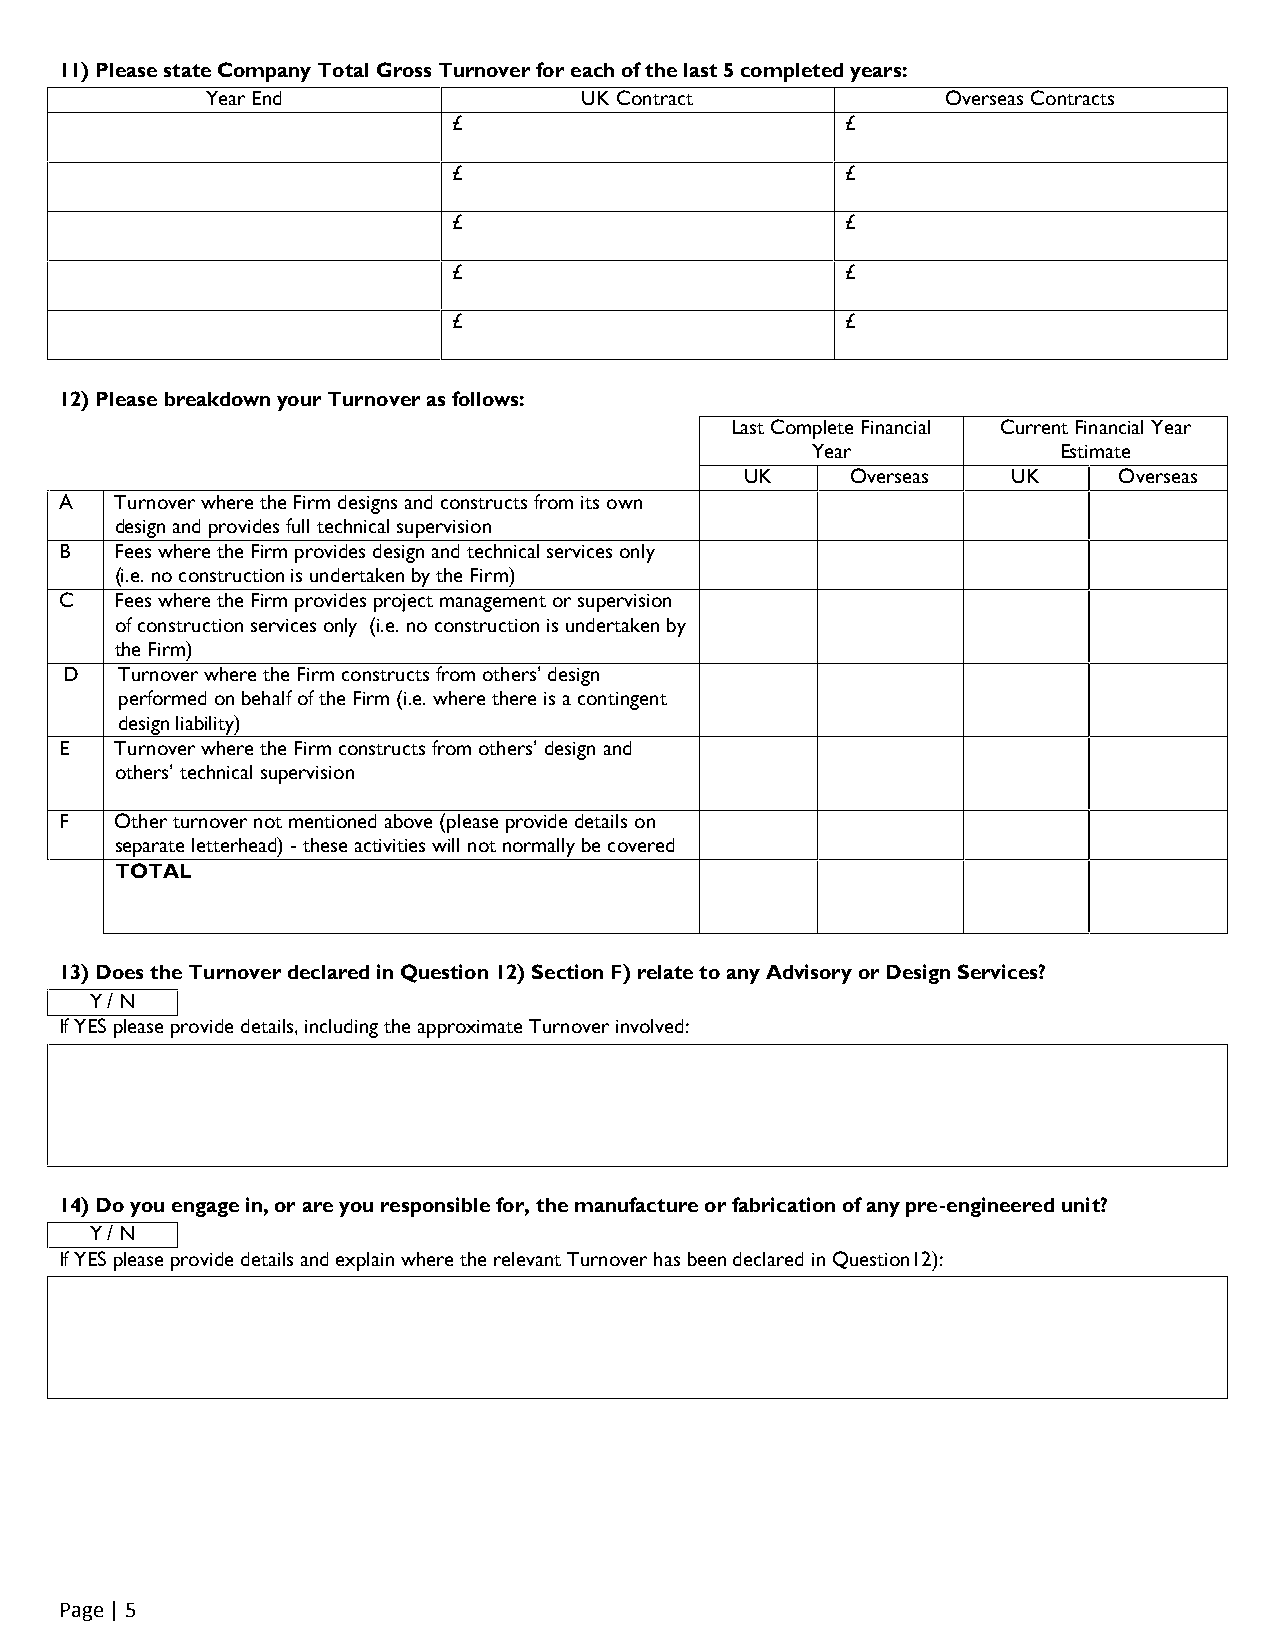
11) Please state Company Total Gross Turnover for each of the last 5 completed years:
 Year End                 UK Contract             Overseas Contracts
 £                         £
 £                         £
 £                         £
 £                         £
 £                         £
 12) Please breakdown your Turnover as follows:
 Last Complete Financial Current Financial Year
 Year            Estimate
 UK     Overseas   UK     Overseas
 A   Turnover where the Firm designs and constructs from its own
 design and provides full technical supervision
 B   Fees where the Firm provides design and technical services only
 (i.e. no construction is undertaken by the Firm)
 C   Fees where the Firm provides project management or supervision
 of construction services only (i.e. no construction is undertaken by
 the Firm)
 D   Turnover where the Firm constructs from others’ design
 performed on behalf of the Firm (i.e. where there is a contingent
 design liability)
 E   Turnover where the Firm constructs from others’ design and
 others’ technical supervision
 F   Other turnover not mentioned above (please provide details on
 separate letterhead) - these activities will not normally be covered
 TOTAL
 13) Does the Turnover declared in Question 12) Section F) relate to any Advisory or Design Services?
 Y / N
 If YES please provide details, including the approximate Turnover involved:
 14) Do you engage in, or are you responsible for, the manufacture or fabrication of any pre-engineered unit?
 Y / N
 If YES please provide details and explain where the relevant Turnover has been declared in Question12):
 Page | 5